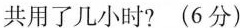
共用了几小时?(6分)